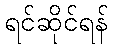
ရင်ဆိုင်ရန်